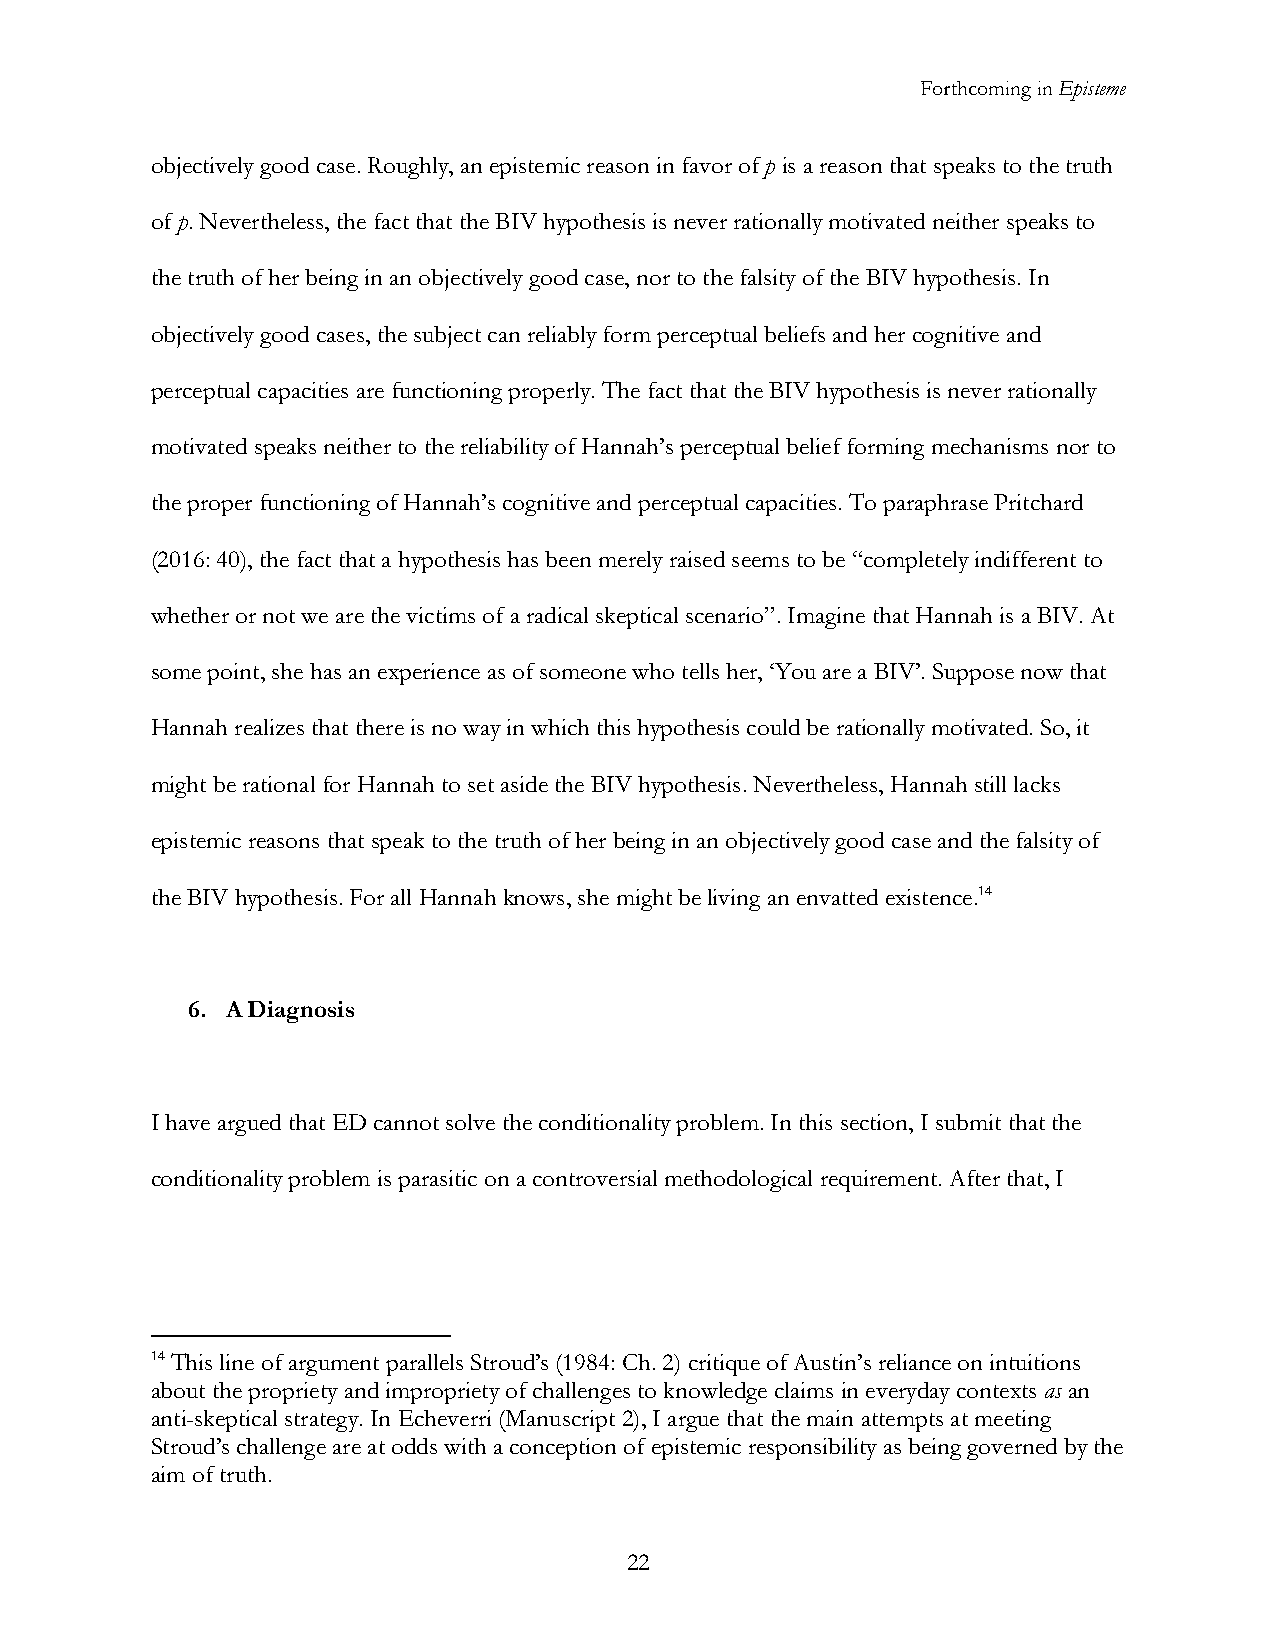
Forthcoming in Episteme
 objectively good case. Roughly, an epistemic reason in favor of p is a reason that speaks to the truth
 of p. Nevertheless, the fact that the BIV hypothesis is never rationally motivated neither speaks to
 the truth of her being in an objectively good case, nor to the falsity of the BIV hypothesis. In
 objectively good cases, the subject can reliably form perceptual beliefs and her cognitive and
 perceptual capacities are functioning properly. The fact that the BIV hypothesis is never rationally
 motivated speaks neither to the reliability of Hannah’s perceptual belief forming mechanisms nor to
 the proper functioning of Hannah’s cognitive and perceptual capacities. To paraphrase Pritchard
 (2016: 40), the fact that a hypothesis has been merely raised seems to be “completely indifferent to
 whether or not we are the victims of a radical skeptical scenario”. Imagine that Hannah is a BIV. At
 some point, she has an experience as of someone who tells her, ‘You are a BIV’. Suppose now that
 Hannah realizes that there is no way in which this hypothesis could be rationally motivated. So, it
 might be rational for Hannah to set aside the BIV hypothesis. Nevertheless, Hannah still lacks
 epistemic reasons that speak to the truth of her being in an objectively good case and the falsity of
 the BIV hypothesis. For all Hannah knows, she might be living an envatted existence.14
 6. A Diagnosis
 I have argued that ED cannot solve the conditionality problem. In this section, I submit that the
 conditionality problem is parasitic on a controversial methodological requirement. After that, I
 14 This line of argument parallels Stroud’s (1984: Ch. 2) critique of Austin’s reliance on intuitions
 about the propriety and impropriety of challenges to knowledge claims in everyday contexts as an
 anti-skeptical strategy. In Echeverri (Manuscript 2), I argue that the main attempts at meeting
 Stroud’s challenge are at odds with a conception of epistemic responsibility as being governed by the
 aim of truth.
 22